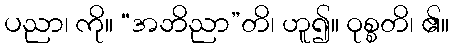
ပညာ၊ ကို။ “အဘိညာ”တိ၊ ဟူ၍။ ဝုစ္စတိ၊ ၏။